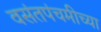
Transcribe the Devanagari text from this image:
वसंतपंचमीच्या